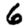
Digit: 6